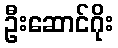
ဦးဆောင်ဂိုး